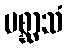
ပစ္ဆာသံ